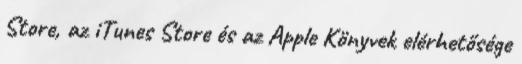
Store, az iTunes Store és az Apple Könyvek elérhetősége